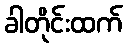
ခါတိုင်းထက်